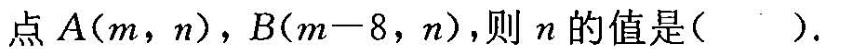
点A(m，n)，B($$m - 8$$，n)，则n的值是( ).